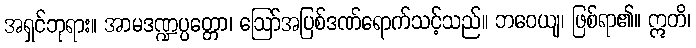
အရှင်ဘုရား။ အာမဒဏ္ဍပ္ပတ္တော၊ ဩော်အပြစ်ဒဏ်ရောက်သင့်သည်။ ဘဝေယျ၊ ဖြစ်ရာ၏။ ဣတိ၊